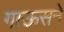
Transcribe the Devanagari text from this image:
गाऊसने